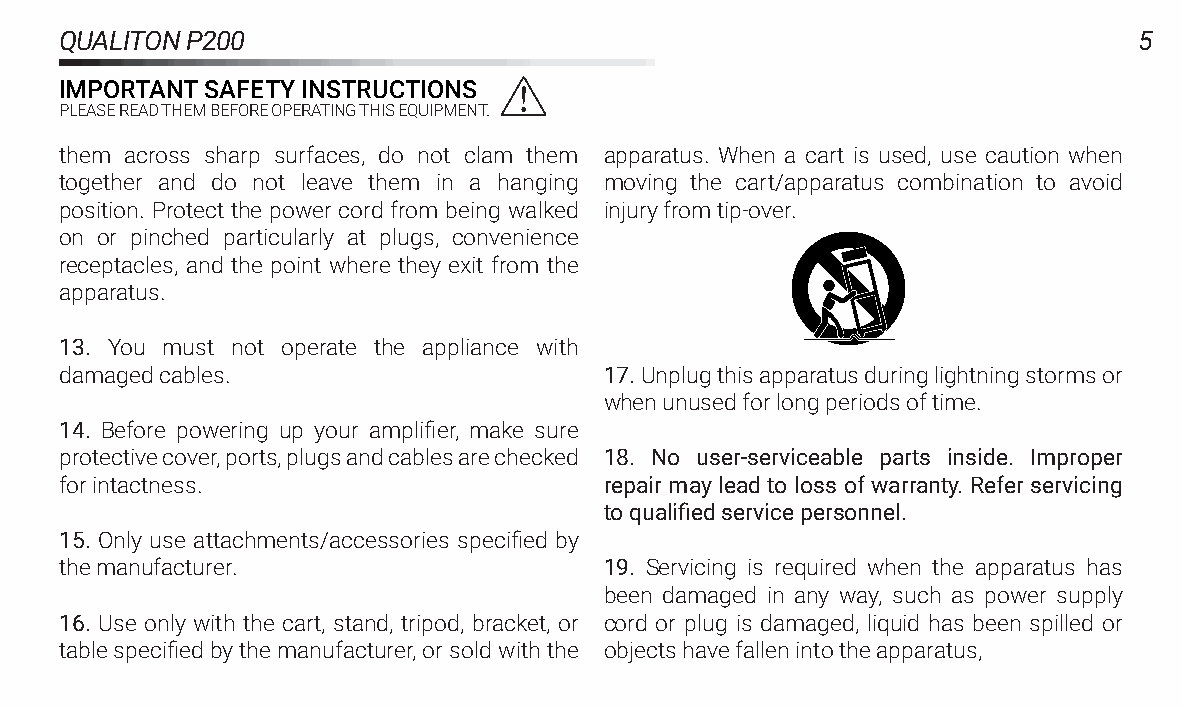
QUALITONP200                                                           5
 IMPORTANTSAFETYINSTRUCTIONS
 PLEASEREADTHEMBEFOREOPERATINGTHISEQUIPMENT.
 them across sharp surfaces, do not clam them apparatus. When a cart is used, use caution when
 together and do not leave them in a hanging moving the cart/apparatus combination to avoid
 position. Protect the power cord from being walked injuryfromtip‑over.
 on or pinched particularly at plugs, convenience
 receptacles, and the point where they exit from the
 apparatus.
 13. You must not operate the appliance with
 damagedcables.                      17.Unplugthisapparatusduringlightningstormsor
 whenunusedforlongperiodsoftime.
 14. Before powering up your amplifier, make sure
 protectivecover,ports,plugsandcablesarechecked 18. No user‑serviceable parts inside. Improper
 forintactness.                      repair may lead to loss of warranty. Refer servicing
 toqualifiedservicepersonnel.
 15. Only use attachments/accessories specified by
 themanufacturer.                    19. Servicing is required when the apparatus has
 been damaged in any way, such as power supply
 16. Use only with the cart, stand, tripod, bracket, or cord or plug is damaged, liquid has been spilled or
 tablespecifiedbythemanufacturer,orsoldwiththe objectshavefallenintotheapparatus,